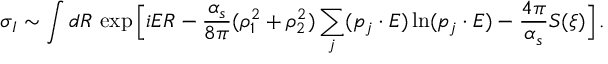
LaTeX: \sigma _ { I } \sim \int d R \, \exp \Big [ i E R - \frac { \alpha _ { s } } { 8 \pi } ( \rho _ { 1 } ^ { 2 } + \rho _ { 2 } ^ { 2 } ) \sum _ { j } ( p _ { j } \cdot E ) \ln ( p _ { j } \cdot E ) - \frac { 4 \pi } { \alpha _ { s } } S ( \xi ) \Big ] \, .